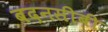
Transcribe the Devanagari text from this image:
बदनसीबी